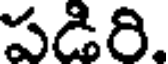
పడిరి.